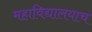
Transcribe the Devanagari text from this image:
महाविद्यालयाच